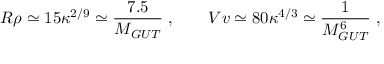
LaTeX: R \rho \simeq 1 5 \kappa ^ { 2 / 9 } \simeq \frac { 7 . 5 } { M _ { G U T } } \; , \qquad V v \simeq 8 0 \kappa ^ { 4 / 3 } \simeq \frac { 1 } { M _ { G U T } ^ { 6 } } \; ,